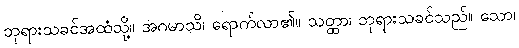
ဘုရားသခင်အထံသို့။ အဂမာသိ၊ ရောက်လာ၏။ သတ္ထာ၊ ဘုရားသခင်သည်။ သော၊